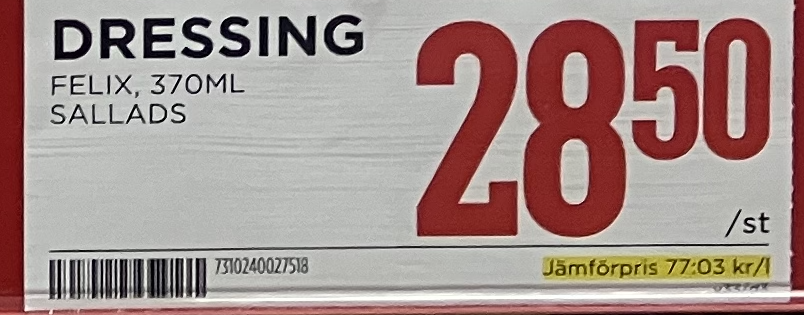
Vara: Dressing
Genomsnittspris: 77.03 per L